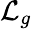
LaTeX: {\cal L}_{g}